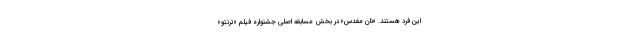
این فرد هستند. «نان مقدس» در بخش مسابقه اصلی جشنواره فیلم «ترنتو»